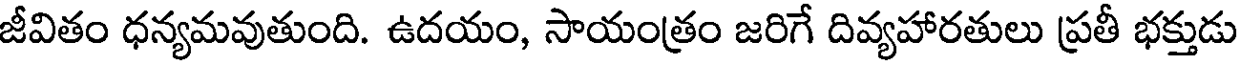
జీవితం ధన్యమవుతుంది. ఉదయం, సాయంత్రం జరిగే దివ్యహారతులు ప్రతీ భక్తుడు